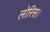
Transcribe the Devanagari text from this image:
लोरिस।